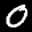
Label: 0